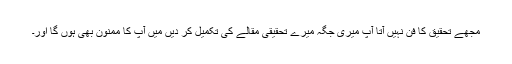
مجھے تحقیق کا فن نہیں آتا آپ میری جگہ میرے تحقیقی مقالے کی تکمیل کر دیں میں آپ کا ممنون بھی ہوں گا اور۔